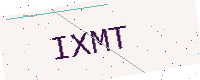
Text: IXMT